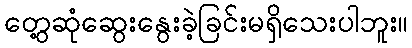
တွေ့ဆုံဆွေးနွေးခဲ့ခြင်းမရှိသေးပါဘူး။